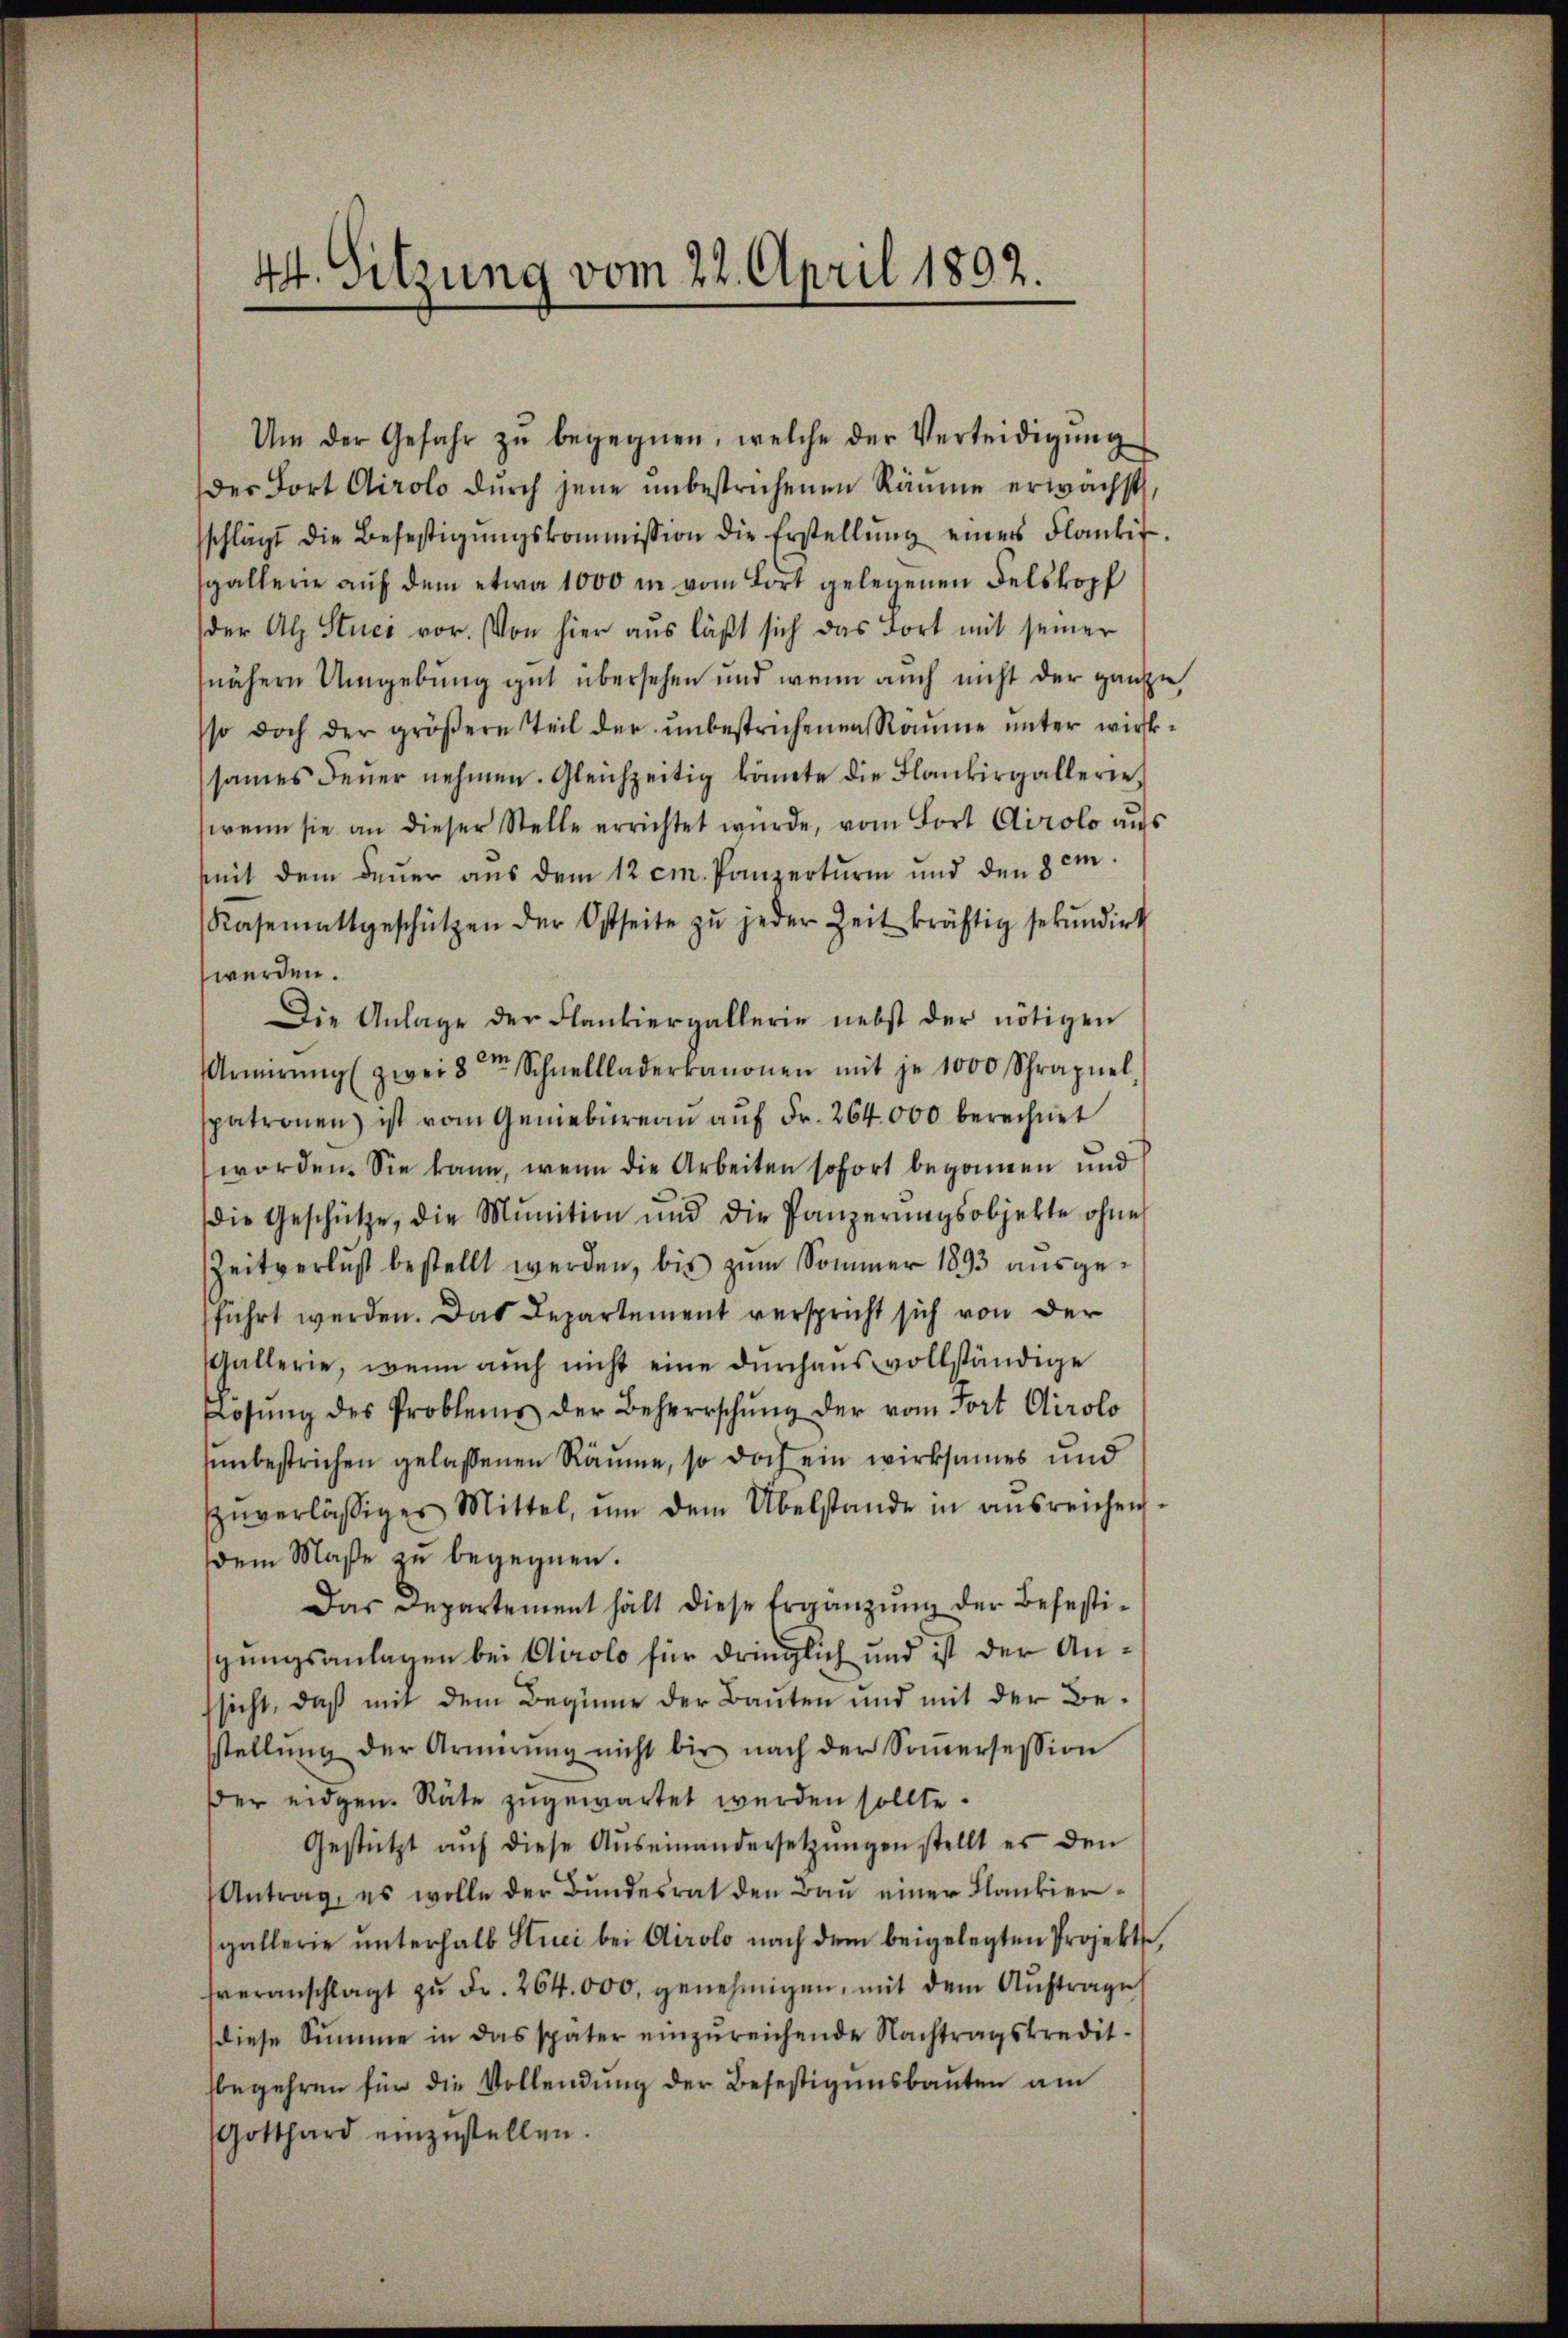
44. Sitzung vom 22. April 1802.

Um der Gefahr zŭ begegnen, welche der Verteidigŭng
der Fort Airolo dŭrch jene unbestrichenen Räume erwächst,
sschlägt die Befestigŭngskommission die Erstellŭng einer Flankit.
gallerie aŭf dem etwa 1000 in vom Tort gelegenen Felskopf
der Alp Stuck vor. Von hier aus läßt sich das Fort mit seiner
nähern Umgebung gut übersehen und wenn auch nicht der ganze,
sso doch der gröβere Teil der ŭnbestrichenen Räume ŭnter wirk-
sames Feŭer nehmen. Gleichzeitig könnte die Flankirgallerie-
wenn sie an dieser Stelle errichtet würde, vom Fort Airolo aŭs
seit dem Feuer aus dem 12 cm. Panzerturm und den 8 m
Rasemattgeschützen der Ostseite zŭ jeder Zeit kräftig sekundirt
werden.
Die Anlage der Flankiergallerie nebst der nötigen
Anrŭng zwei 8 Schnellladerkanonen mit je 1000 Schrapuel
spatronen ist vom Gemebüreau auf Fr. 264,000 berechnet
worden. Sie kann, wenn die Arbeiten sofort begonnen und
die Geschütze, die Munition und die Panzerŭngsobjekte ohne
Zeitverlust bestellt werden, bis zum Sommer 1893 ausgeführt werden. Das Departement verspricht sich von der
Gallerie, wenn auch nicht eine durchaus vollständige
Lösŭng des Problems der Beherrschŭng der vom Fort Airolo
unbestrichen gelassenen Räume, so doch ein wirksames und
zŭverlässiger Mittel, ŭm dem Übelstande in ausreichen.
dem Maße zu begegnen.
Das Departement hält diese Ergänzung der Befestisgungsanlagen bei Airolo für dringlich und ist der Anssicht, daß mit dem Beginne der Bauten und mit der Be-
sstellŭng der Armerŭng nicht bis nach der Soṁersession
der eidgen. Räte zugewartet werden sollte.
Gestützt aŭf diese Auseinandersetzŭngen stellt es den
Antrag, es wolle der Bundesrat den Bau einer Flankiergallerie unterhalb Stuci bei Airolo nach dem beigelegten Projekts,
veranschlagt zŭ Fr. 264.000. genehmigen, mit dem Aŭftrage
diese Summe in das später einzŭreichende Nachtragskredit-
begehren für die Vollendung der Befestigensbauten am
Gotthard einzŭstellen.